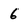
Character: 6